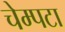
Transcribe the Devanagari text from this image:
चेम्पटा